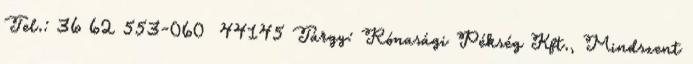
Tel.: 36 62 553-060 44145 Tárgy: Rónasági Pékség Kft., Mindszent